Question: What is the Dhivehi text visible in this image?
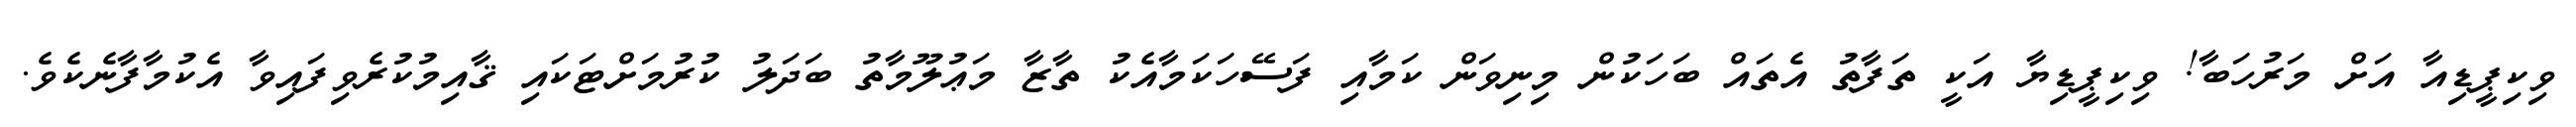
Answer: ވިކިޕީޑިއާ އަށް މަރުހަބާ! ވިކިޕީޑިޔާ އަކީ ތަފާތު އެތައް ބަހަކުން މިނިވަން ކަމާއި ފަސޭހަކަމާއެކު ތާޒާ މަޢުލޫމާތު ބަދަލު ކުރުމަށްޓަކައި ޤާއިމުކުރެވިފައިވާ އެކުމާފާނެކެވެ.